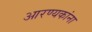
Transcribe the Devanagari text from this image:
आरण्यकांना